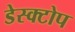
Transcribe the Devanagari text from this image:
डेस्क्टोप